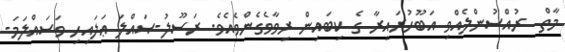
މާތް  ރުއްސުންލެއްވި އަބޫހުރައިރާ ގެ ކިބައިން ރިވާވެގެންވެއެވެ. ރަސޫލު-ޞައްލަ ޢަލައިހި ވަސައްލަމަ-